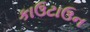
કાઉટાઉન